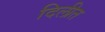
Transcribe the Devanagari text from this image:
दिलीत